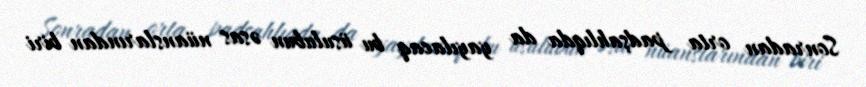
Sonradan orta padşahlıqda da yayılacaq bu üsulubun əsas nüanslarından biri